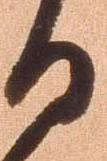
日